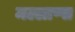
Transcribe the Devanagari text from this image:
मल्लाप्पा